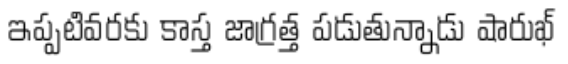
ఇప్పటివరకు కాస్త జాగ్రత్త పడుతున్నాడు షారుఖ్